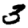
Digit: 3